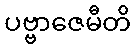
ပဗ္ဗာဇေမီတိ